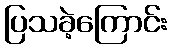
ပြသခဲ့ကြောင်း